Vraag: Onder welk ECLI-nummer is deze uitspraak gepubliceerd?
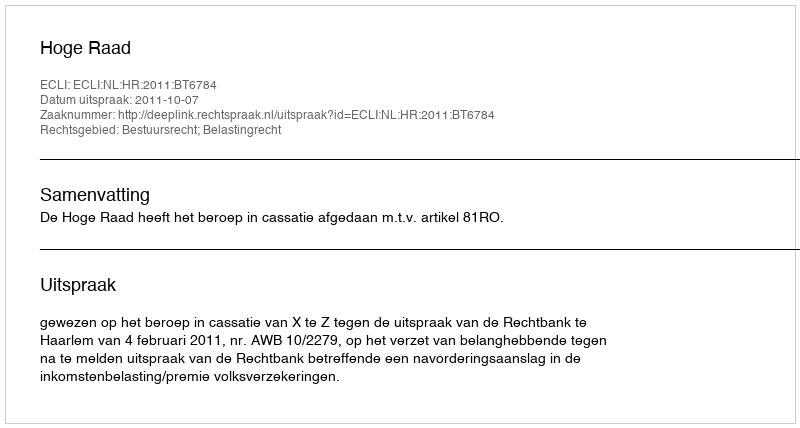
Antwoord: ECLI:NL:HR:2011:BT6784